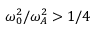
\omega _ { 0 } ^ { 2 } / \omega _ { A } ^ { 2 } > 1 / 4